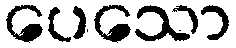
ပေသော